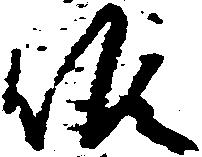
候